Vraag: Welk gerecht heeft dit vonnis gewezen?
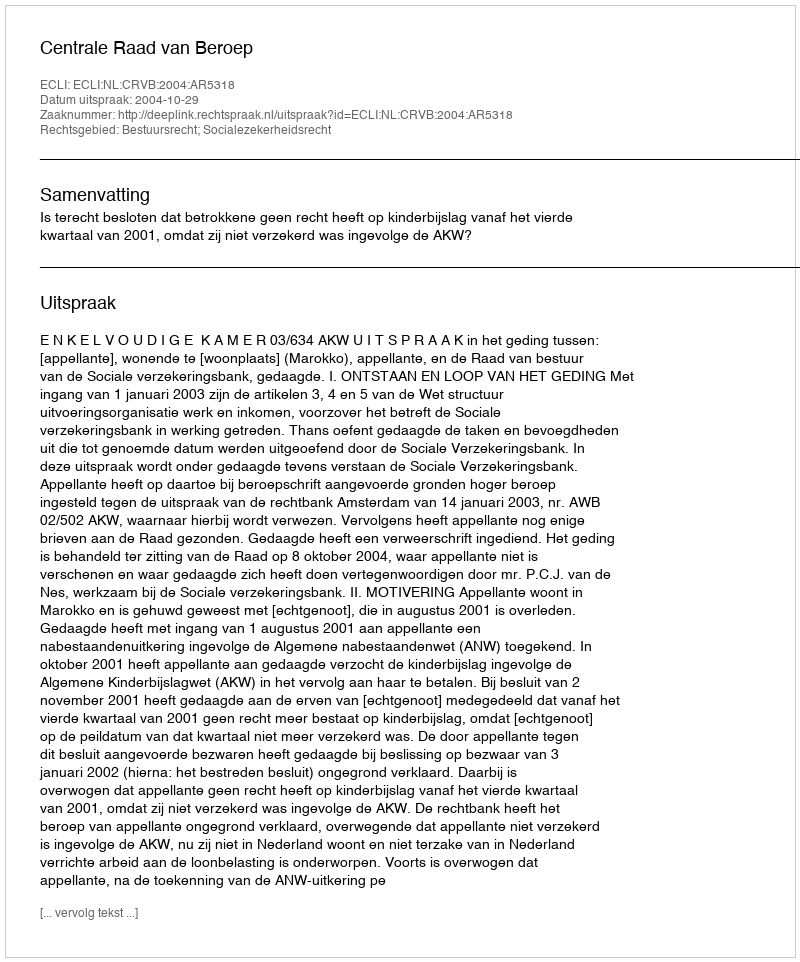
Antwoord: Centrale Raad van Beroep